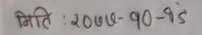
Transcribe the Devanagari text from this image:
मिति : २०७७-१०-१६